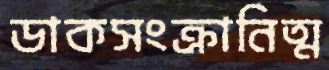
ডাকসংক্রানিত্ম